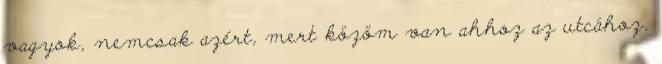
vagyok, nemcsak azért, mert közöm van ahhoz az utcához,